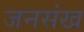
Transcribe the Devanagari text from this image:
जनसंख